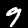
Label: 9